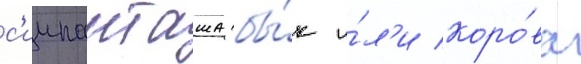
с'иипанташа бы́к и́л'и коро́ва